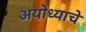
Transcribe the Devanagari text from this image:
अयोध्याचे